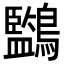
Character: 𪇖